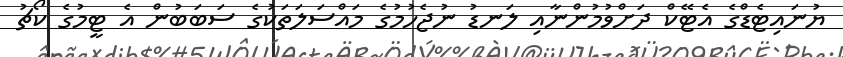
ޔުނައިޓެޑްގެ އެޓޭކް ދަށްވުމުންނާއި ލަނޑު ނުޖެހުމުގެ މައްސަލަތަކުގެ ސަބަބުން އެ ޓީމުގެ ކޯޗު